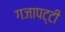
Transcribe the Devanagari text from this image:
गजापट्टी